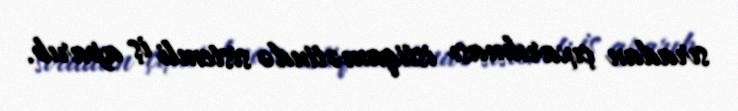
sıradan çıxarılması istiqamətində sistemli iş aparıb.